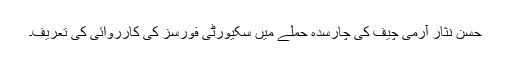
حسن نثار آرمی چیف کی چارسدہ حملے میں سکیورٹی فورسز کی کارروائی کی تعریف۔